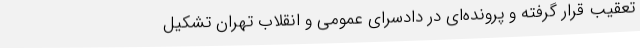
تعقیب قرار گرفته و پرونده‌ای در دادسرای عمومی و انقلاب تهران تشکیل